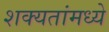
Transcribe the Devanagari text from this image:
शक्यतांमध्ये